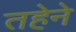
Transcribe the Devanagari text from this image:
तहेने